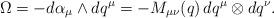
LaTeX: \begin{align*}\Omega = -d\alpha_\mu \wedge dq^\mu = -M_{\mu\nu}(q) \, dq^\mu \otimes dq^\nu.\end{align*}